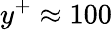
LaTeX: y^{+}\approx 100